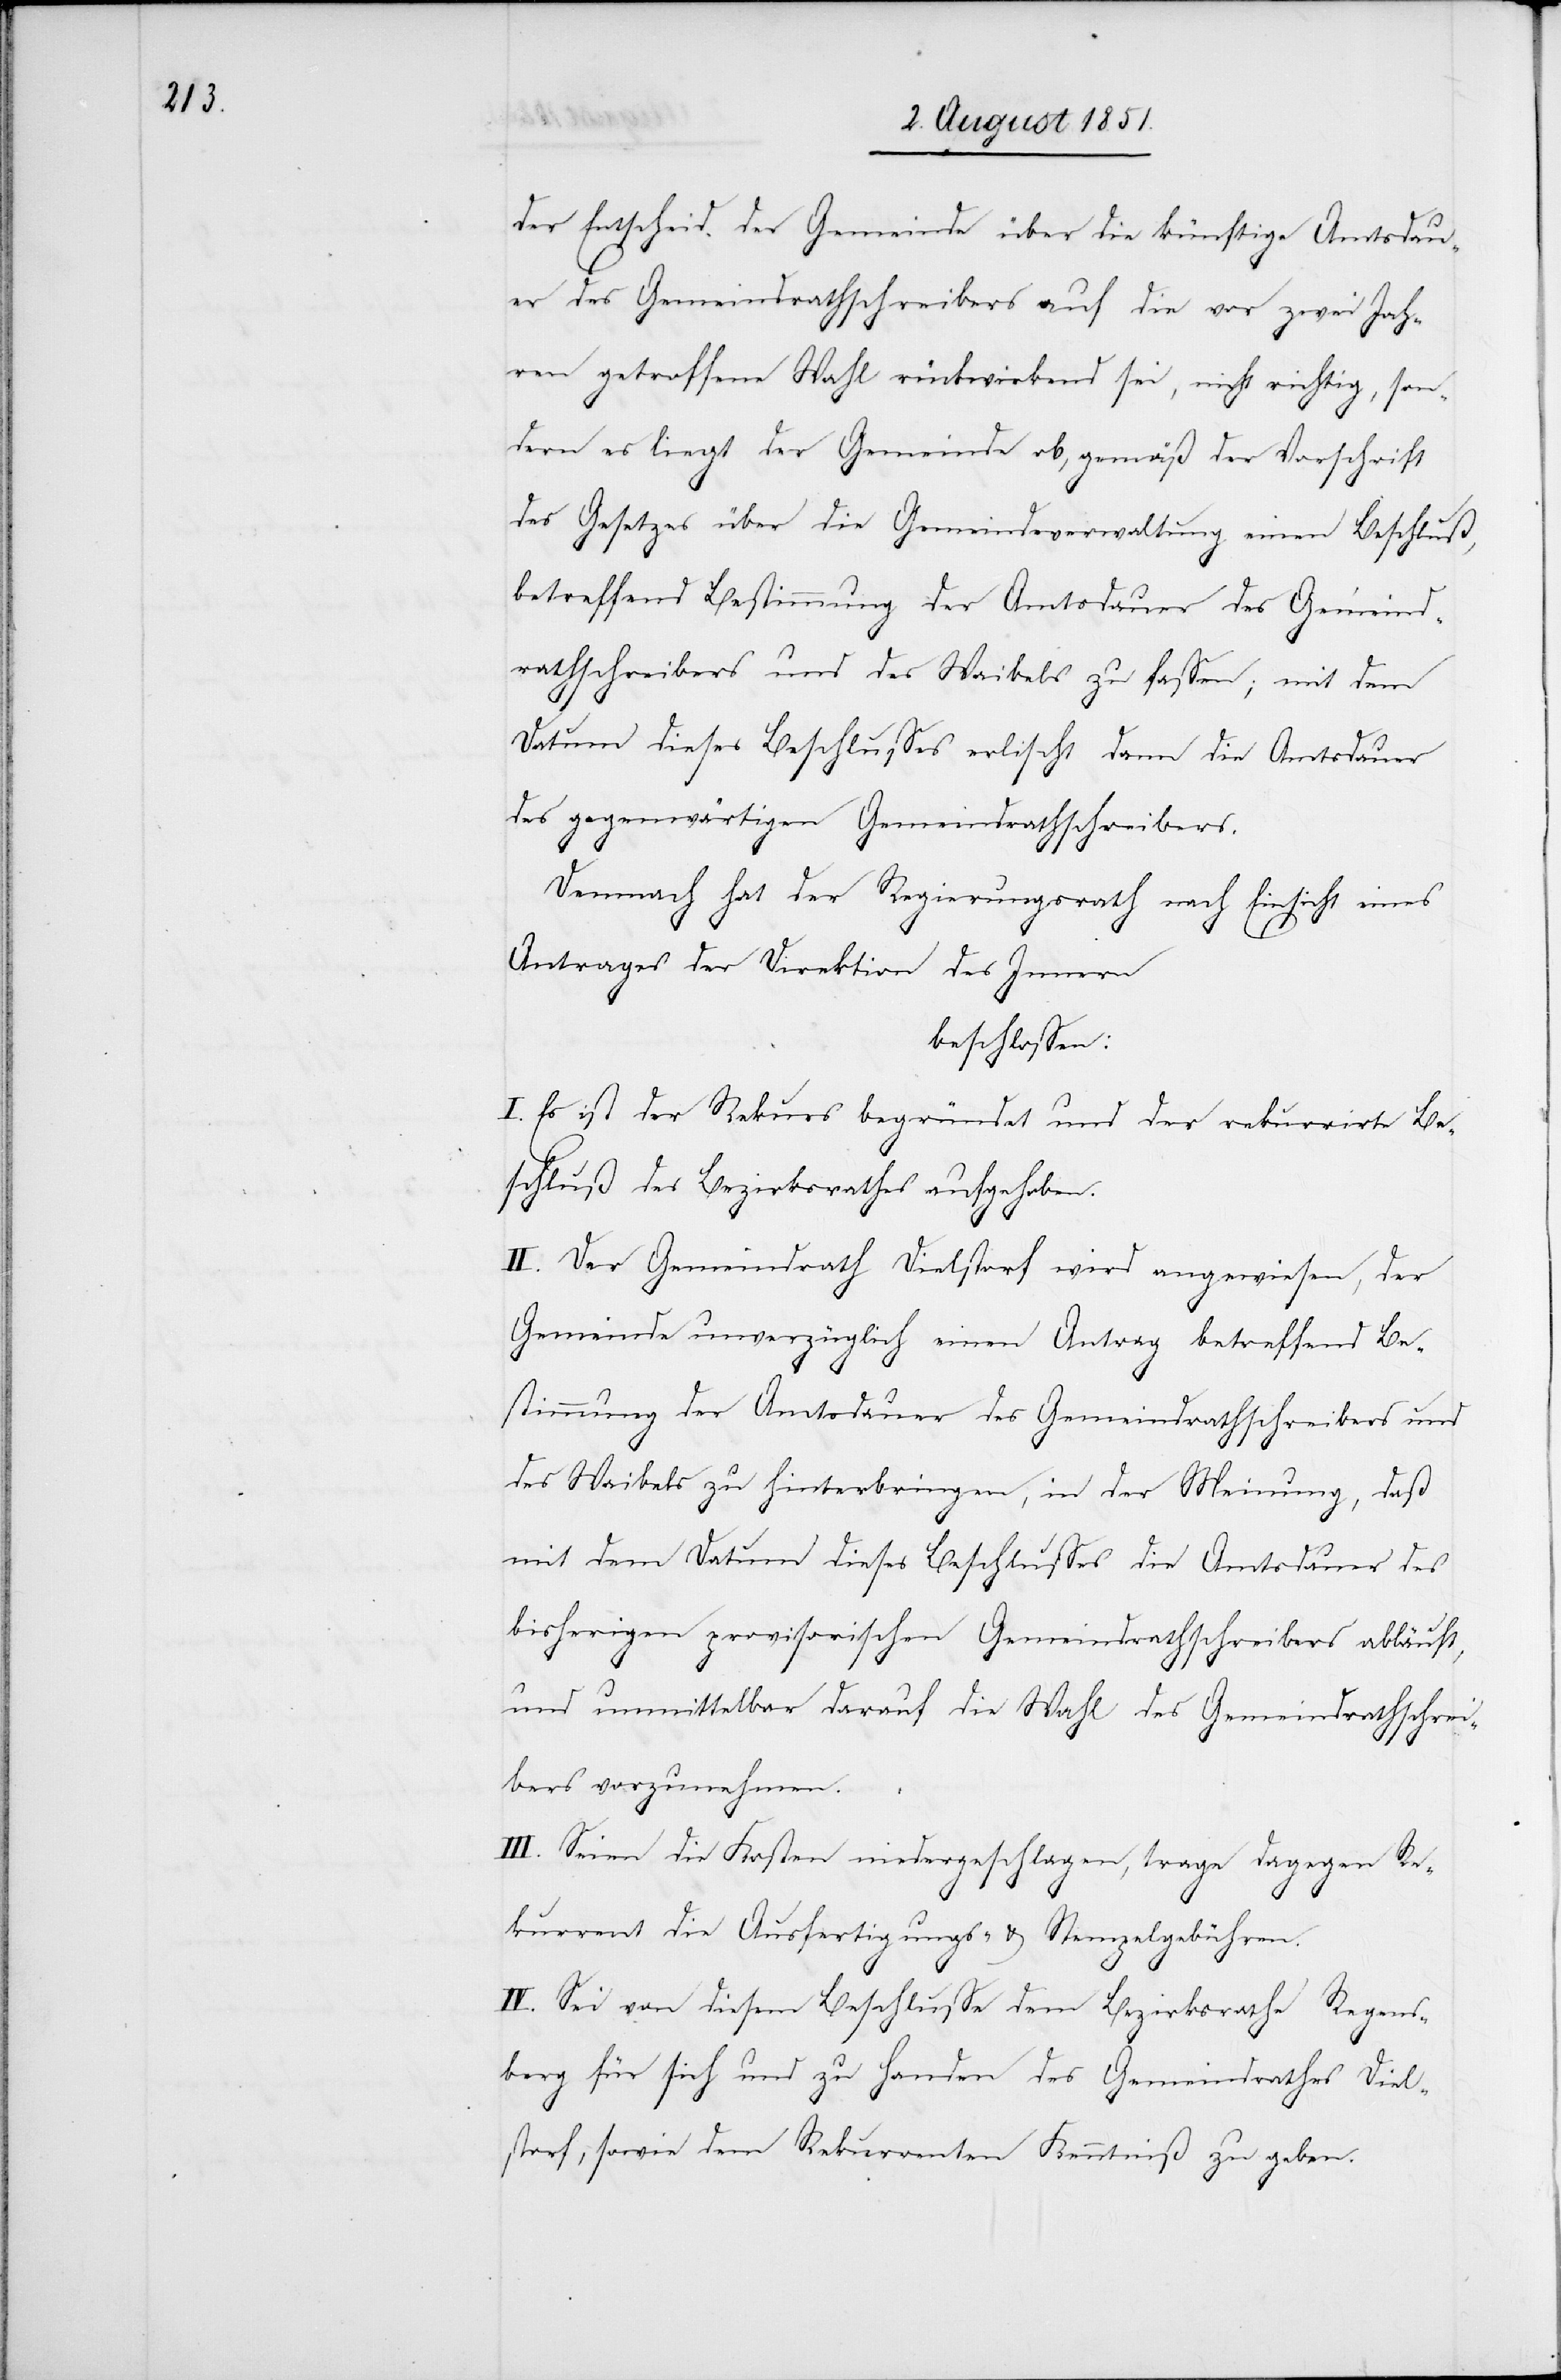
der Entscheid der Gemeinde über die künftige Amtsdau¬
er des Gemeindrathschreibers auf die vor zwei Jah¬
ren getroffene Wahl rückwirkend sei, nicht richtig, son¬
dern es liegt der Gemeinde ob, gemäß der Vorschrift
des Gesetzes über die Gemeindeverwaltung einen Beschluß,
betreffend Bestimmung der Amtsdauer des Gemeind¬
rathschreibers und des Waibels zu fassen; mit dem
Datum dieses Beschlusses erlischt dann die Amtsdauer
des gegenwärtigen Gemeindrathschreibers.
Demnach hat der Regierungsrath nach Einsicht eines
Antrages der Direktion des Innern
beschlossen:
I. Es ist der Rekurs begründet und der rekurrirte Be¬
schluß des Bezirksrathes aufgehoben.
II. Der Gemeindrath Dielstorf wird angewiesen, der
Gemeinde unverzüglich einen Antrag betreffend Be¬
stimmung der Amtsdauer des Gemeindrathschreibers und
des Waibels zu hinterbringen, in der Meinung, daß
mit dem Datum dieses Beschlusses die Amtsdauer des
bisherigen provisorischen Gemeindrathschreibers abläuft,
und unmittelbar darauf die Wahl des Gemeindrathschrei¬
bers vorzunehmen.
III. Seien die Kosten niedergeschlagen, trage dagegen Re¬
kurrent die Ausfertigungs- & Stempelgebühren.
IV. Sei von diesem Beschlusse dem Bezirksrathe Regens¬
berg für sich und zu Handen des Gemeindrathes Diel¬
storf, sowie dem Rekurrenten Kenntniß zu geben.